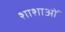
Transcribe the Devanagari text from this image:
शाशाओं